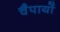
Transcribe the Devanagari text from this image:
चैपायों